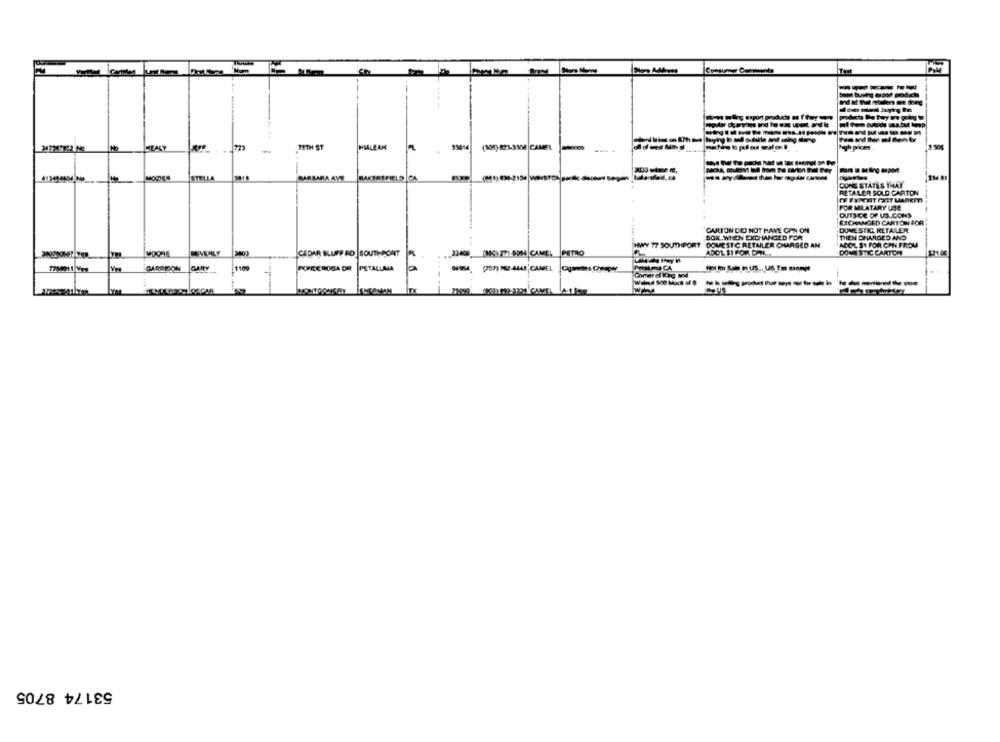
MEALY
723
TITH ST
HIALEAH
(106) 221-938 CAMEL
hyb pikes.
-
packa, couldn't tudl hrom pe carton Bal Bay
STELLA
BARBARA AVE
KIRIFIELD CA
. worst
CONS STATES THAY
RETAILER SOLD CARTON
FOR MILATARY USE
OUTS-CE OF US .. CONS
EXCHANGED CARTON FOR
CARTON DO NOT HAVE GEN ON
DOMESTIC, RETAILER
BOX ,WHEN EXCHANGED FOR
THEN CHARGED AND
HWY 77 SOUTHPORT DOMESTIC RETAILER CURSED AN
ADOL S1 FOR CON FROM
CEDAR BLUFF RO SOUTHPORT
ADOL $1 FOR CAM ...
DOME STIC CARTOM
MOORE
PONDEROSA DR
Not for Sale in us .. US To sempt
GARREON
1100
PETALURIA
Comer el King avd
53174 8705